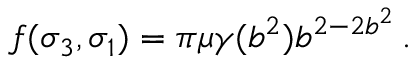
f ( \sigma _ { 3 } , \sigma _ { 1 } ) = \pi \mu \gamma ( b ^ { 2 } ) b ^ { 2 - 2 b ^ { 2 } } \, . \nonumber